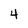
Character: 4